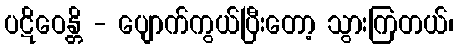
ပဋိဝေန္တိ - ပျောက်ကွယ်ပြီးတော့ သွားကြတယ်၊